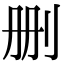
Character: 删